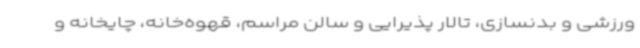
ورزشی و بدنسازی، تالار پذیرایی و سالن مراسم، قهوه‌خانه، چایخانه و